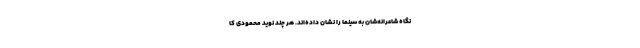
نگاه شاعرانه‌شان به سینما را نشان داده‌اند. هر چند نوید محمودی کا